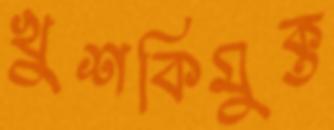
খুশকিমুক্ত